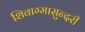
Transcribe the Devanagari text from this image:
शिवाग्मासुन्दरी